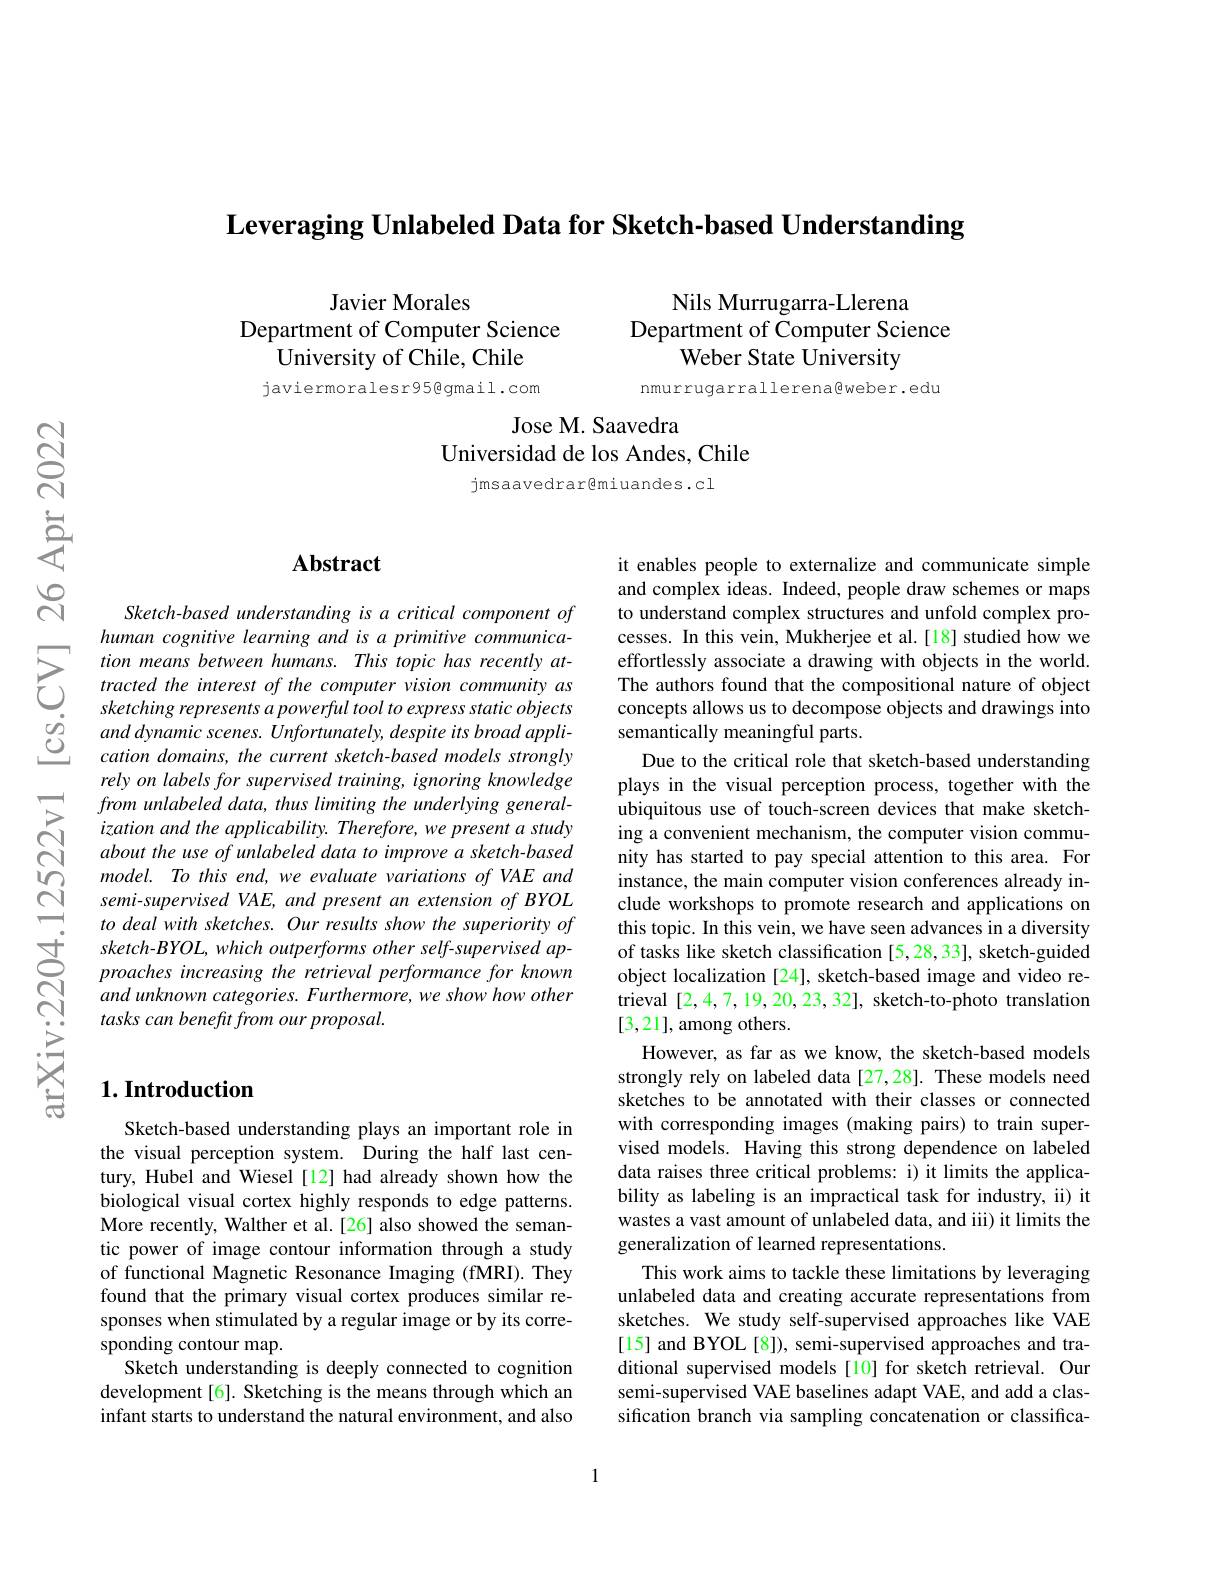
$\textbf{Leveraging Unlabeled Data for Sketch- based Understanding}$

Nils Murrugarra-Llerena
Department of Computer Science
Weber State University

Javier Morales
Department of Computer Science
University of Chile, Chile javiermoralesr95@gmail.com
nmurrugarrallerena@weber.edu

### Jose M. Saavedra Universidad de los Andes, Chile

jmsaavedrar@miuandes.cl

## $\mathbf{Abstract}$

Sketch-based understanding is a critical component of human cognitive learning and is a primitive communica-
tionmeans between humans. This topic has recently at- effortlessly associate a drawing with objects in the world. tracted he interest of the computer vision community as The authors found that the compositional nature of object sketching repre
$\begin{array}{ccc}&sketching\:represents\:a\:powerful\:tool\:to\:express\:static\:objects\\\hline o_{\mathrm{C}}&and\:dynamic\:scenes.\:Unfortunately,\:despite\:its\:broad\:appli-\\&cation\:domains,\:the\:current\:sketch-based\:models\:strongly\end{array}$
rely on labels for supervised training, ignoring knowledge from unlabeled data, thus limiting the underlying generalization and the applicability. Therefore, we present a study about the use of unlabeled data to improve a sketch-based model. To this end, we evaluate variations of VAE and semi-supervised VAE, and present an extension of BYOL to deal with sketches. Our results show the superiority of sketch-BYOL, which outperforms other self-supervised approaches increasing the retrieval performance for known and unknown categories. Furthermore, we show how other tasks can benefit from our proposal.

# 1. Introduction

Sketch-based understanding plays an important role in the visual perception system. During the half last century, Hubel and Wiesel[12] had already shown how the biological visual cortex highly responds to edge patterns. More recently, Walther et al.[26] also showed the semantic power of image contour information through a study of functional Magnetic Resonance Imaging (fMRI). They found that the primary visual cortex produces similar responses when stimulated by a regular image or by its corresponding contour map.
Sketch understanding is deeply connected to cognition development[6]. Sketching is the means through which an infant starts to understand the natural environment, and also

it enables people to externalize and communicate simple and complex ideas. Indeed, people draw schemes or maps to understand complex structures and unfold complex processes. In this vein, Mukherjee et al.[18] studied how we semantically meaningful parts.
Due to the critical role that sketch-based understanding plays in the visual perception process, together with the ubiquitous use of touch-screen devices that make sketching a convenient mechanism, the computer vision community has started to pay special attention to this area. For instance, the main computer vision conferences already include workshops to promote research and applications on this topic. In this vein, we have seen advances in a diversity of tasks like sketch classification [5,28,33], sketch-guided object localization [24], sketch-based image and video retrieval [2,4,7,19,20,23,32], sketch-to-photo translation [3,21],among others.
However, as far as we know, the sketch-based models strongly rely on labeled data[27,28]. These models need sketches to be annotated with their classes or connected with corresponding images (making pairs) to train supervised models. Having this strong dependence on labeled data raises three critical problems: i) it limits the applicability as labeling is an impractical task for industry, ii) it wastes a vast amount of unlabeled data, and iii) it limits the generalization of learned representations.
This work aims to tackle these limitations by leveraging unlabeled data and creating accurate representations from sketches. We study self-supervised approaches like VAE [15] and BYOL[8]), semi-supervised approaches and traditional supervised models [10] for sketch retrieval. Our semi-supervised VAE baselines adapt VAE, and add a classification branch via sampling concatenation or classifica-

1